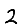
Digit: 2